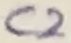
Text: C2